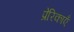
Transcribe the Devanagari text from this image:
प्रेरिकाएँ